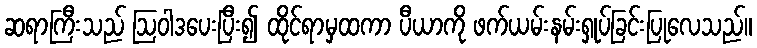
ဆရာကြီးသည် ဩဝါဒပေးပြီး၍ ထိုင်ရာမှထကာ ပီယာကို ဖက်ယမ်းနမ်းရှုပ်ခြင်းပြုလေသည်။